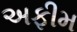
અફીમ